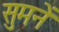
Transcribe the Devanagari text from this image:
सुमनें